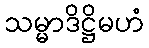
သမ္မာဒိဋ္ဌိမဟံ